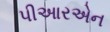
પીઆરએન